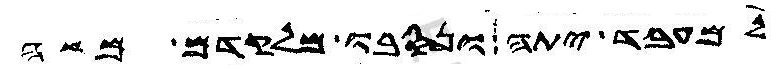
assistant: למעבד יתה ונסבו מלקדם משה